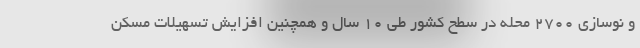
و نوسازی ۲۷۰۰ محله در سطح کشور طی ۱۰ سال و همچنین افزایش تسهیلات مسکن